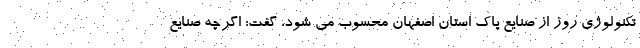
تکنولوژی روز از صنایع پاک استان اصفهان محسوب می شود، گفت: اگرچه صنایع